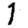
Digit: 1